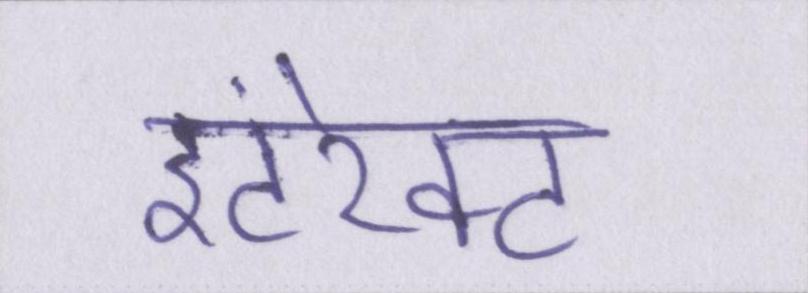
इंटरेक्ट